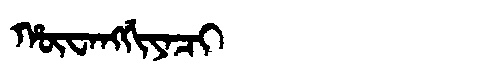
Manchu: ᡥᡡᠸᠠᠩᡤᡳᠶᠠᠴᡳ
Romanization: HŪWANGGIYACI